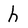
Character: h